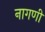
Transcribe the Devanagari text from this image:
नागणी